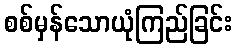
စစ်မှန်သောယုံကြည်ခြင်း